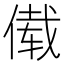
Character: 傤